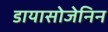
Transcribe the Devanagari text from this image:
डायासोजेनिन